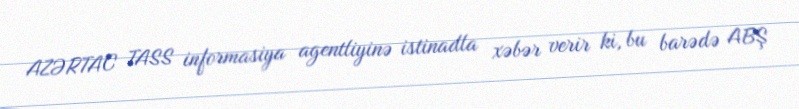
AZƏRTAC TASS informasiya agentliyinə istinadla xəbər verir ki, bu barədə ABŞ